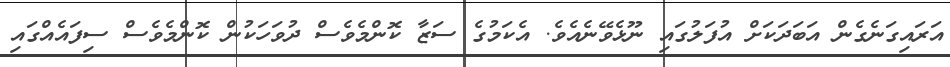
އަރައިގަނެގެން އަބަދަކަށް އުފަލުގައި ނޫޅެވޭނެއެވެ. އެކަމުގެ ސަޒާ ކޮންމެވެސް ދުވަހަކުން ކޮންމެވެސް ސިފައެއްގައި